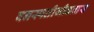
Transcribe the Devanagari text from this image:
वनस्पतीजीवनास